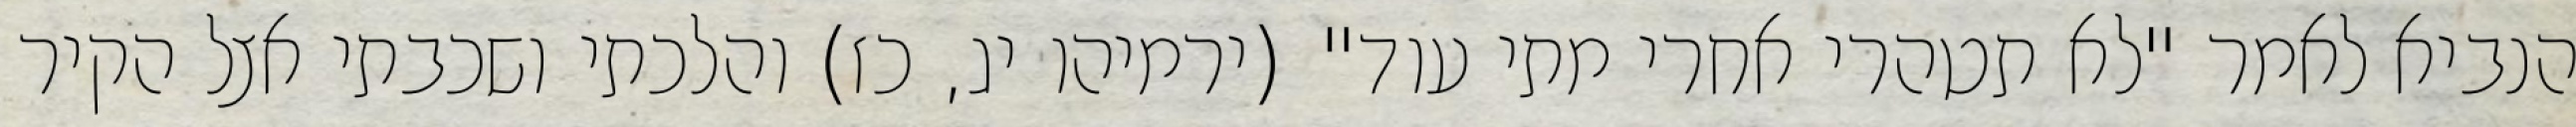
הנביא לאמר "לא תטהרי אחרי מתי עוד" (ירמיהו יג, כז) והלכתי ושכבתי אצל הקיר